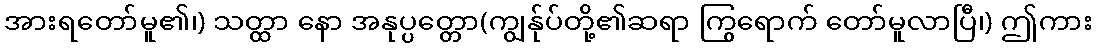
အားရတော်မူ၏၊) သတ္ထာ နော အနုပ္ပတ္တော(ကျွန်ုပ်တို့၏ဆရာ ကြွရောက် တော်မူလာပြီ၊) ဤကား